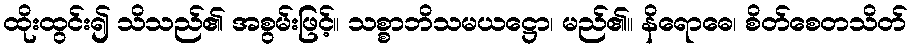
ထိုးထွင်း၍ သိသည်၏ အစွမ်းဖြင့်။ သစ္စာဘိသမယဋ္ဌော၊ မည်၏။ နိရောဓေ၊ စိတ်စေတသိတ်